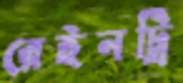
রেইনট্রি